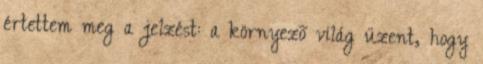
értettem meg a jelzést: a környezõ világ üzent, hogy